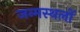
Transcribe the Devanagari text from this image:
जन्मस्थलों